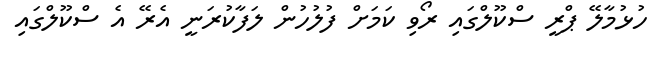
ހުޅުމާލޭ ޕްރީ ސްކޫލްގައި ރޯވި ކަމަށް ފުލުހުން ލަފާކުރަނީ އެރޭ އެ ސްކޫލްގައި